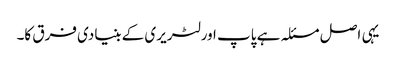
یہی اصل مسئلہ ہے پاپ اور لٹریری کے بنیادی فرق کا۔